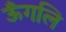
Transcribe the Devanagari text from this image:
ऊँगलि